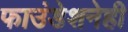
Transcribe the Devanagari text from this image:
फाउंडेशनेही